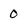
Character: O